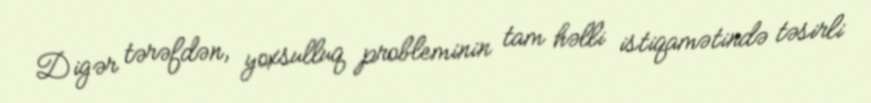
Digər tərəfdən, yoxsulluq probleminin tam həlli istiqamətində təsirli